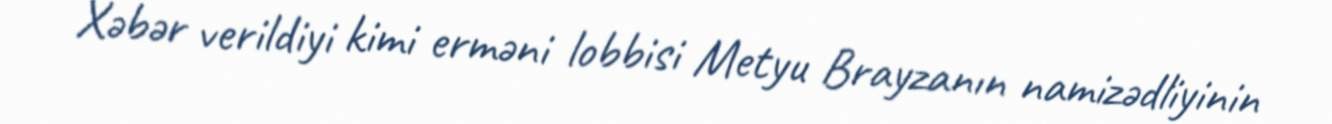
Xəbər verildiyi kimi erməni lobbisi Metyu Brayzanın namizədliyinin